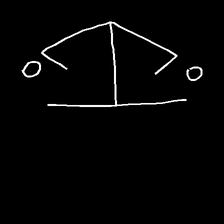
Glyph: earth